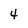
Character: 4